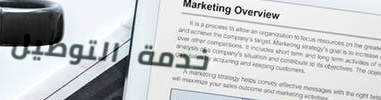
خدمة التوصيل